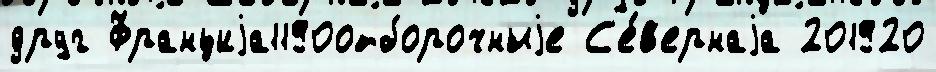
друг Франциjа1190отборочныjе С'е́в'ернаjа 201920